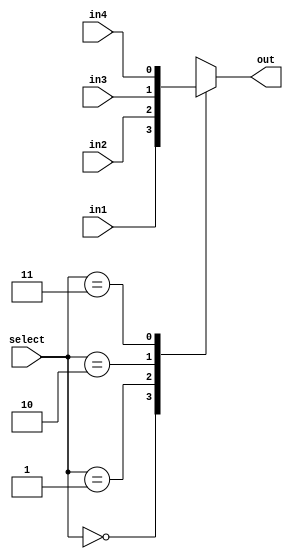
module MUX (
    input wire in1,
    input wire in2,
    input wire in3,
    input wire in4,
    input wire [1:0] select,
    output reg out
);
    
    always @(*) begin
        case (select)
            2'b00:begin
                out = in1;
            end 
            2'b01:begin
                out = in2;
            end 
            2'b10:begin
                out = in3;
            end 
            2'b11:begin
                out = in4;
            end 
            default: out = 0;
        endcase
    end
endmodule